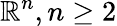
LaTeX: \mathbb{R}^{n},n\geq 2